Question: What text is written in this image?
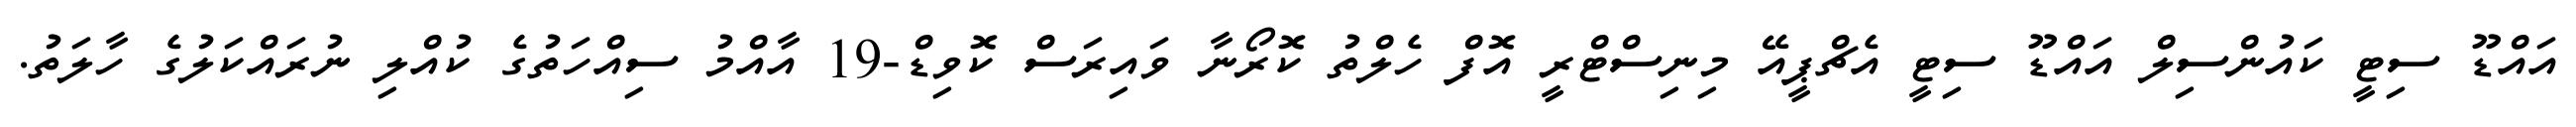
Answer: އައްޑޫ ސިޓީ ކައުންސިލް އައްޑޫ ސިޓީ އެޗްޕީއޭ މިނިސްޓްރީ އޮފް ހެލްތު ކޮރޯނާ ވައިރަސް ކޮވިޑް-19 އާއްމު ސިއްހަތުގެ ކުއްލި ނުރައްކަލުގެ ހާލަތު.